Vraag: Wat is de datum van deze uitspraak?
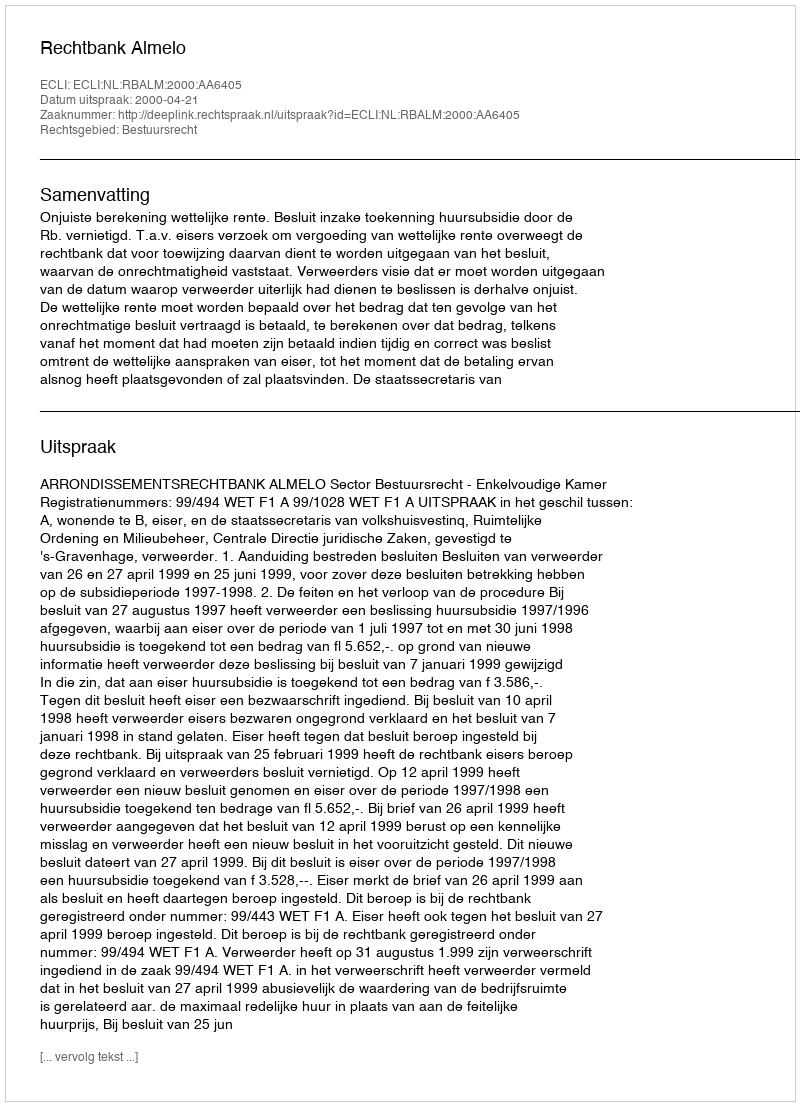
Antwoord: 2000-04-21